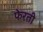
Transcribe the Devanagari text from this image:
फेरती